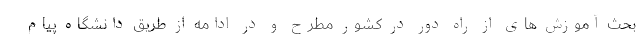
بحث آموزش های از راه دور در کشور مطرح و در ادامه از طریق دانشگاه پیام